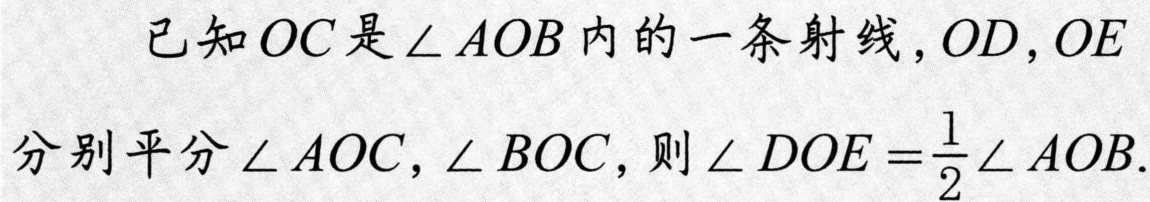
已知\(OC\)是\(\angle AOB\)内的一条射线，\(OD\)，\(OE\)
分别平分\(\angle AOC\)，\(\angle BOC\)，则\(\angle DOE=\frac{1}{2}\angle AOB\).